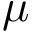
\mu